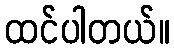
ထင်ပါတယ်။